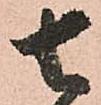
去